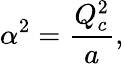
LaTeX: \alpha^{2}={\frac{Q_{c}^{2}}{a}},